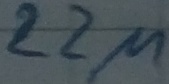
Text: 22µ